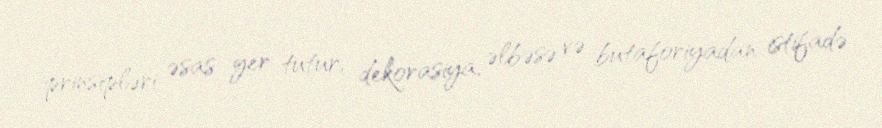
prinsipləri əsas yer tutur, dekorasiya, əlbəsə və butaforiyadan istifadə